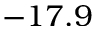
- 1 7 . 9